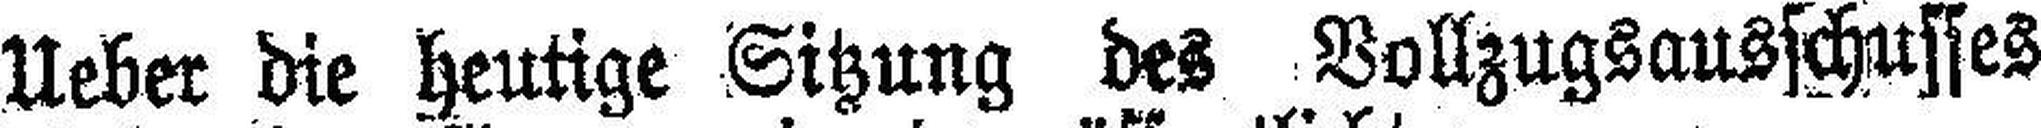
Ueber die heutige Sitzung des Vollzugsausschusses